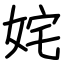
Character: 姹